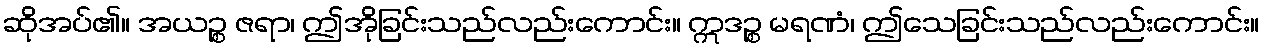
ဆိုအပ်၏။ အယဉ္စ ဇရာ၊ ဤအိုခြင်းသည်လည်းကောင်း။ ဣဒဉ္စ မရဏံ၊ ဤသေခြင်းသည်လည်းကောင်း။